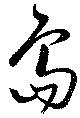
島